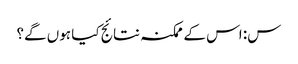
س: اس کے ممکنہ نتائج کیا ہوں گے؟